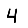
Digit: 4